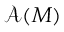
{ \mathcal { A } } ( M )